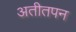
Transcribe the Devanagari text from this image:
अतीतपन